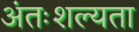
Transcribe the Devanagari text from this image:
अंतःशल्यता